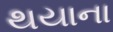
થયાના